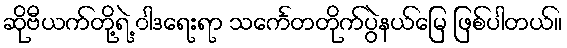
ဆိုဗီယက်တို့ရဲ့ ၀ါဒရေးရာ သင်္ကေတတိုက်ပွဲနယ်မြေ ဖြစ်ပါတယ်။